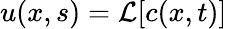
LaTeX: u(x,s)=\mathcal{L}[c(x,t)]